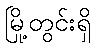
မြို့တွင်းရှိ